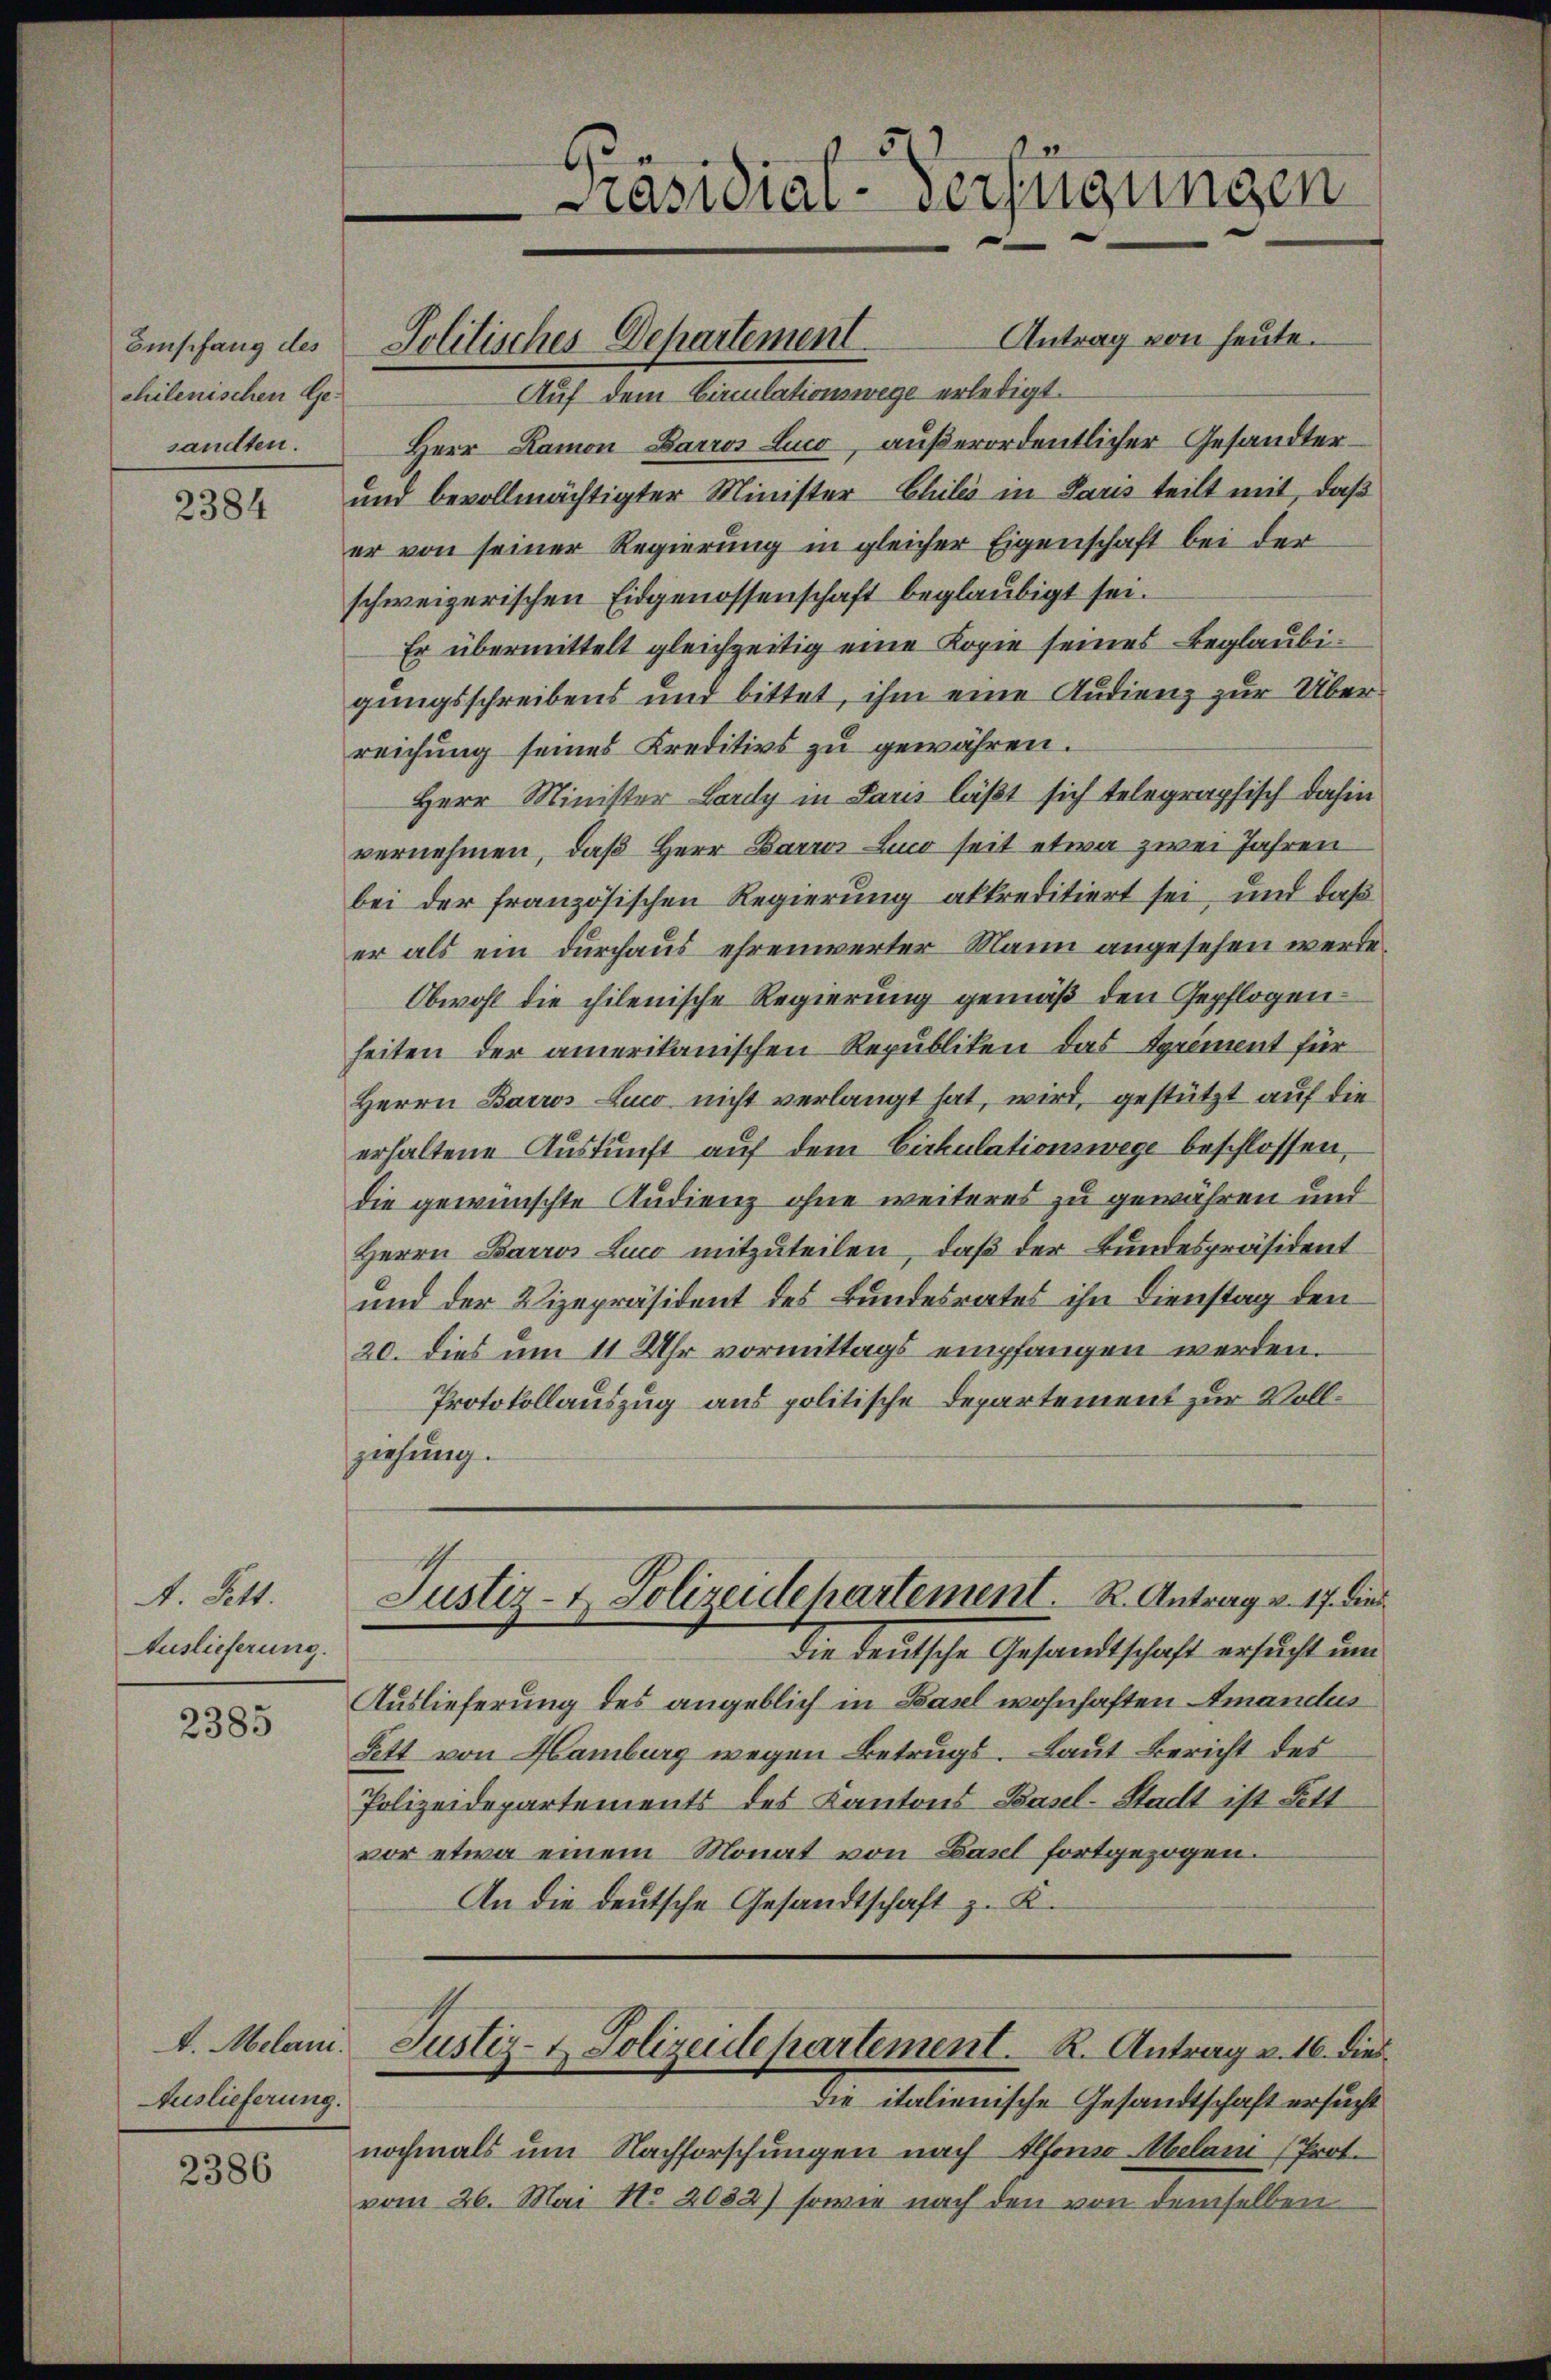
Empfang des
chilenischen Gesandten.

2384

A. Fett.
Auslieferung.

2385

Auslieferung.

2386

s

Solitisches Departement. Antrag von heute.

2
Präsidial-Verfügungen

Auf dem Circulationswege erledigt.
Herr Ramon Barros Lino, außerordentlicher Gesandter¬
und bevollmächtigter Minister Chilis in Paris teilt mit, daß
er von seiner Regierung in gleicher Eigenschaft bei der
schweizerischen Eidgenossenschaft beglaubigt sei.
Er übermittelt gleichzeitig eine Kopie seines Beglaubigungsschreibens und bittet, ihm eine Audienz zur Überreichung seines Kreditivs zu gewähren.
Herr Minister Lardy in Paris läßt sich telegraphisch dahin
vernehmen, daß Herr Barrer Lico seit etwa zwei Jahren
bei der französischen Regierung akkreditiert sei, und daß
er als ein durchaus ehrenwerter Mann angesehen werde.
Obwohl die chilenische Regierung gemäß den Gepflogenheiten der amerikanischen Republiken das Spriment für
Herrn Barros Luco nicht verlangt hat, wird, gestützt auf die
erhaltene Auskunft auf dem Cirkulationswege beschlossen,
die gewünschte Studienz ohne weiteres zu gewähren und
Herrn Barros Lico mitzuteilen, daß der Bundespräsident
und der Vizepräsident des Bundesrates ihn Dienstag den
20. dies um 11 Uhr vormittags empfangen werden.
Protokollauszug aus politische Departement zur Vollziehung.
Justiz- & Polizeidepartement. R. Antrag v. 17. dies
Die deutsche Gesandtschaft ersucht um
Auslieferung des angeblich in Basel wohnhaften Amandus
Fett von Hamburg wegen Betrugs. Laut Bericht des
Polizeidepartements des Kantons Basel-Stadt ist Fitt
vor etwa einem Monat von Basel fortgezogen.
An die deutsche Gesandtschaft z. K.
A. Melani. Justiz- & Polizeidepartement. R. Antrag v. 16. dies
die italienische Gesandtschaft ersucht
nochmals um Nachforschungen nach Pforno Melani (Prot.
vom 26. Mai No 2032) sowie nach den von demselben